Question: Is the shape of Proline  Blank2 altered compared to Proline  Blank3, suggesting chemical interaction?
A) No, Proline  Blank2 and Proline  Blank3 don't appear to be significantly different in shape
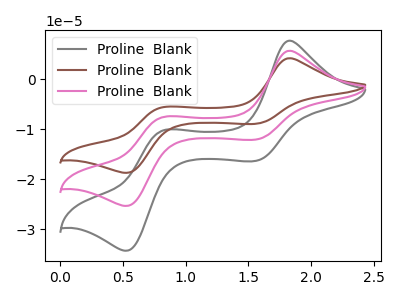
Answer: <think>The gray curve "Proline  Blank1" has anodic peaks at (1.85V, 7.70uA) (0.80V, -10.20uA) and cathodic peaks at (1.55V, -16.35uA) (0.55V, -34.30uA). The brown curve "Proline  Blank2" has anodic peaks at (1.85V, 11.40uA) (0.80V, -15.05uA) and cathodic peaks at (1.55V, -24.10uA) (0.55V, -50.65uA). The pink curve "Proline  Blank3" has anodic peaks at (1.85V, 5.70uA) (0.80V, -7.55uA) and cathodic peaks at (1.55V, -12.05uA) (0.55V, -25.35uA).
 All the peaks in "Proline  Blank2" have a peak in "Proline  Blank3" at the same potential.</think>
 <answer>A) No, "Proline  Blank2" and "Proline  Blank3" don't appear to be significantly different in shape</answer>
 <eval>A</eval>